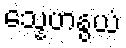
သ္နေဟနွယံ